Scottish Leaving Certificate Examination, 1955
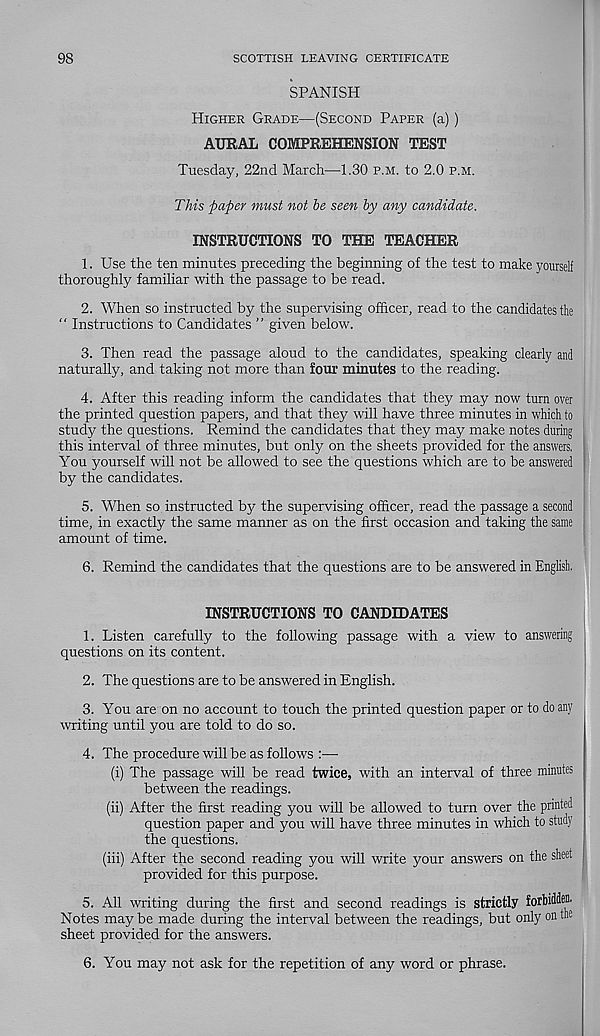
98
SCOTTISH LEAVING CERTIFICATE
SPANISH
Higher Grade—(Second Paper (a))
AURAL COMPREHENSION TEST
Tuesday, 22nd March—1.30 p.m. to 2.0 p.m.
This paper must not he seen hy any candidate.
INSTRUCTIONS TO THE TEACHER
1. Use the ten minutes preceding the beginning of the test to make yourself
thoroughly familiar with the passage to be read.
2. When so instructed by the supervising officer, read to the candidates the
“ Instructions to Candidates ” given below.
3. Then read the passage aloud to the candidates, speaking clearly and
naturally, and taking not more than four minutes to the reading.
4. After this reading inform the candidates that they may now turn over
the printed question papers, and that they will have three minutes in which to
study the questions. Remind the candidates that they may make notes during
this interval of three minutes, but only on the sheets provided for the answers,
You yourself will not be allowed to see the questions which are to be answered
by the candidates.
5. When so instructed by the supervising officer, read the passage a second
time, in exactly the same manner as on the first occasion and taking the same
amount of time.
6. Remind the candidates that the questions are to be answered in English.
INSTRUCTIONS TO CANDIDATES
1. Listen carefully to the following passage with a view to answering
questions on its content.
2. The questions are to be answered in English.
3. You are on no account to touch the printed question paper or to do any
writing until you are told to do so.
4. The procedure will be as follows :■—•
(i) The passage will be read twice, with an interval of three minutes
between the readings.
(ii) After the first reading you will be allowed to turn over the printed
question paper and you will have three minutes in which to study
the questions.
(iii) After the second reading you will write your answers on the sheet
provided for this purpose.
5. All writing during the first and second readings is strictly forbidden.
Notes may be made during the interval between the readings, but only on the
sheet provided for the answers.
6. You may not ask for the repetition of any word or phrase.